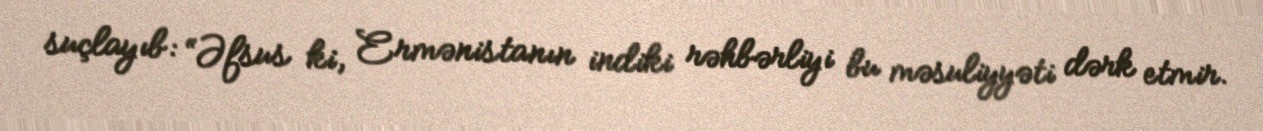
suçlayıb: “Əfsus ki, Ermənistanın indiki rəhbərliyi bu məsuliyyəti dərk etmir.